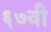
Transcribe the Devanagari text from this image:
६७वी